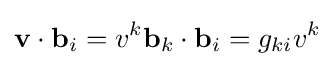
\mathbf {v} \cdot \mathbf {b} _{i}=v^{k}\mathbf {b} _{k}\cdot \mathbf {b} _{i}=g_{ki}v^{k}